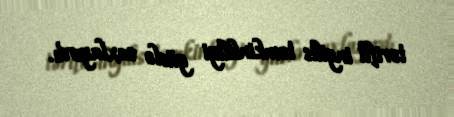
tərifli ingilis təmkinliliyi güclə saxlayırdı.